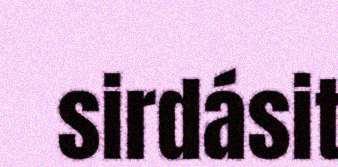
sirdásit